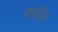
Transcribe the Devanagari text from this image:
रचयित